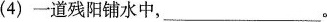
(4)一道残阳铺水中,___。